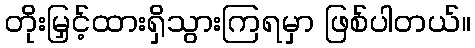
တိုးမြှင့်ထားရှိသွားကြရမှာ ဖြစ်ပါတယ်။